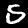
Label: 5